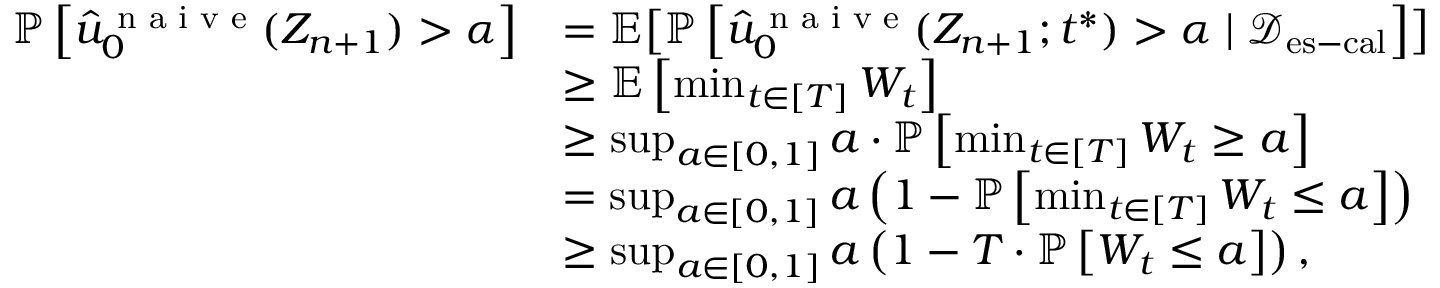
\begin{array} { r l } { \mathbb { P } \left[ \hat { u } _ { 0 } ^ { \textup { n a i v e } } ( Z _ { n + 1 } ) > \alpha \right] } & { = \mathbb { E } \bigl [ \mathbb { P } \left[ \hat { u } _ { 0 } ^ { \textup { n a i v e } } ( Z _ { n + 1 } ; t ^ { * } ) > \alpha \mid \mathcal { D } _ { \mathrm { e s - c a l } } \right] \bigr ] } \\ & { \geq \mathbb { E } \left[ \operatorname* { m i n } _ { t \in [ T ] } W _ { t } \right] } \\ & { \geq \operatorname* { s u p } _ { a \in [ 0 , 1 ] } a \cdot \mathbb { P } \left[ \operatorname* { m i n } _ { t \in [ T ] } W _ { t } \geq a \right] } \\ & { = \operatorname* { s u p } _ { a \in [ 0 , 1 ] } a \left( 1 - \mathbb { P } \left[ \operatorname* { m i n } _ { t \in [ T ] } W _ { t } \leq a \right] \right) } \\ & { \geq \operatorname* { s u p } _ { a \in [ 0 , 1 ] } a \left( 1 - T \cdot \mathbb { P } \left[ W _ { t } \leq a \right] \right) , } \end{array}